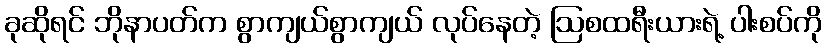
ခုဆိုရင် ဘိုနာပတ်က စွာကျယ်စွာကျယ် လုပ်နေတဲ့ ဩစထရီးယားရဲ့ ပါးစပ်ကို